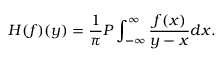
H ( f ) ( y ) = \frac { 1 } { \pi } P \int _ { - \infty } ^ { \infty } \frac { f ( x ) } { y - x } d x .